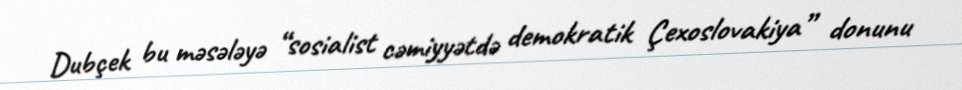
Dubçek bu məsələyə “sosialist cəmiyyətdə demokratik Çexoslovakiya” donunu